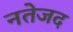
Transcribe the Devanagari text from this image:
नतेजद